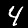
Label: 4